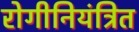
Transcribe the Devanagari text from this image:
रोगीनियंत्रित